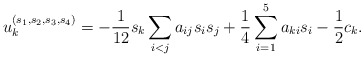
\begin{align*}u_k^{(s_1,s_2,s_3,s_4)} = - \frac{1}{12} s_k \sum_{i<j} a_{ij} s_i s_j + \frac{1}{4} \sum_{i=1}^5 a_{ki} s_i - \frac{1}{2} c_k.\end{align*}